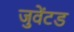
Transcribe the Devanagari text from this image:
जुवेंटड